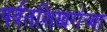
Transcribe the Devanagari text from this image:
पर्वतशिखरांच्या